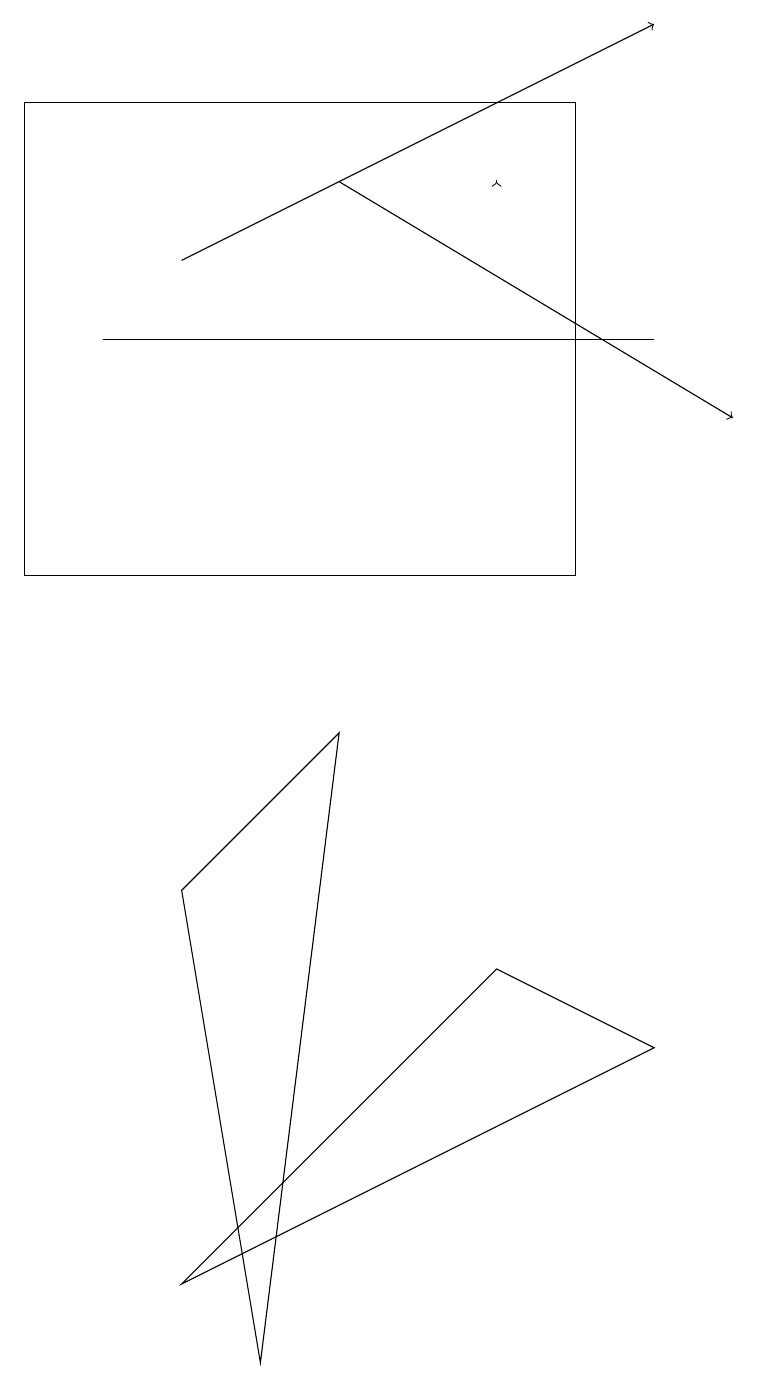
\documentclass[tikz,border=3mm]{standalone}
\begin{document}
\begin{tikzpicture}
\draw[->] (4,15) -- (9,12);
\draw (0,10) rectangle (7,16);
\draw (2,1) -- (8,4) -- (6,5) -- cycle;
\draw[->] (2,14) -- (8,17);
\draw (1,13) rectangle (8,13);
\draw[->] (6,15) -- (6,15);
\draw (2,6) -- (4,8) -- (3,0) -- cycle;
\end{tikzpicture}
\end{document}